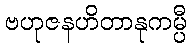
ဗဟုဇနဟိတာနုကမ္ပီ